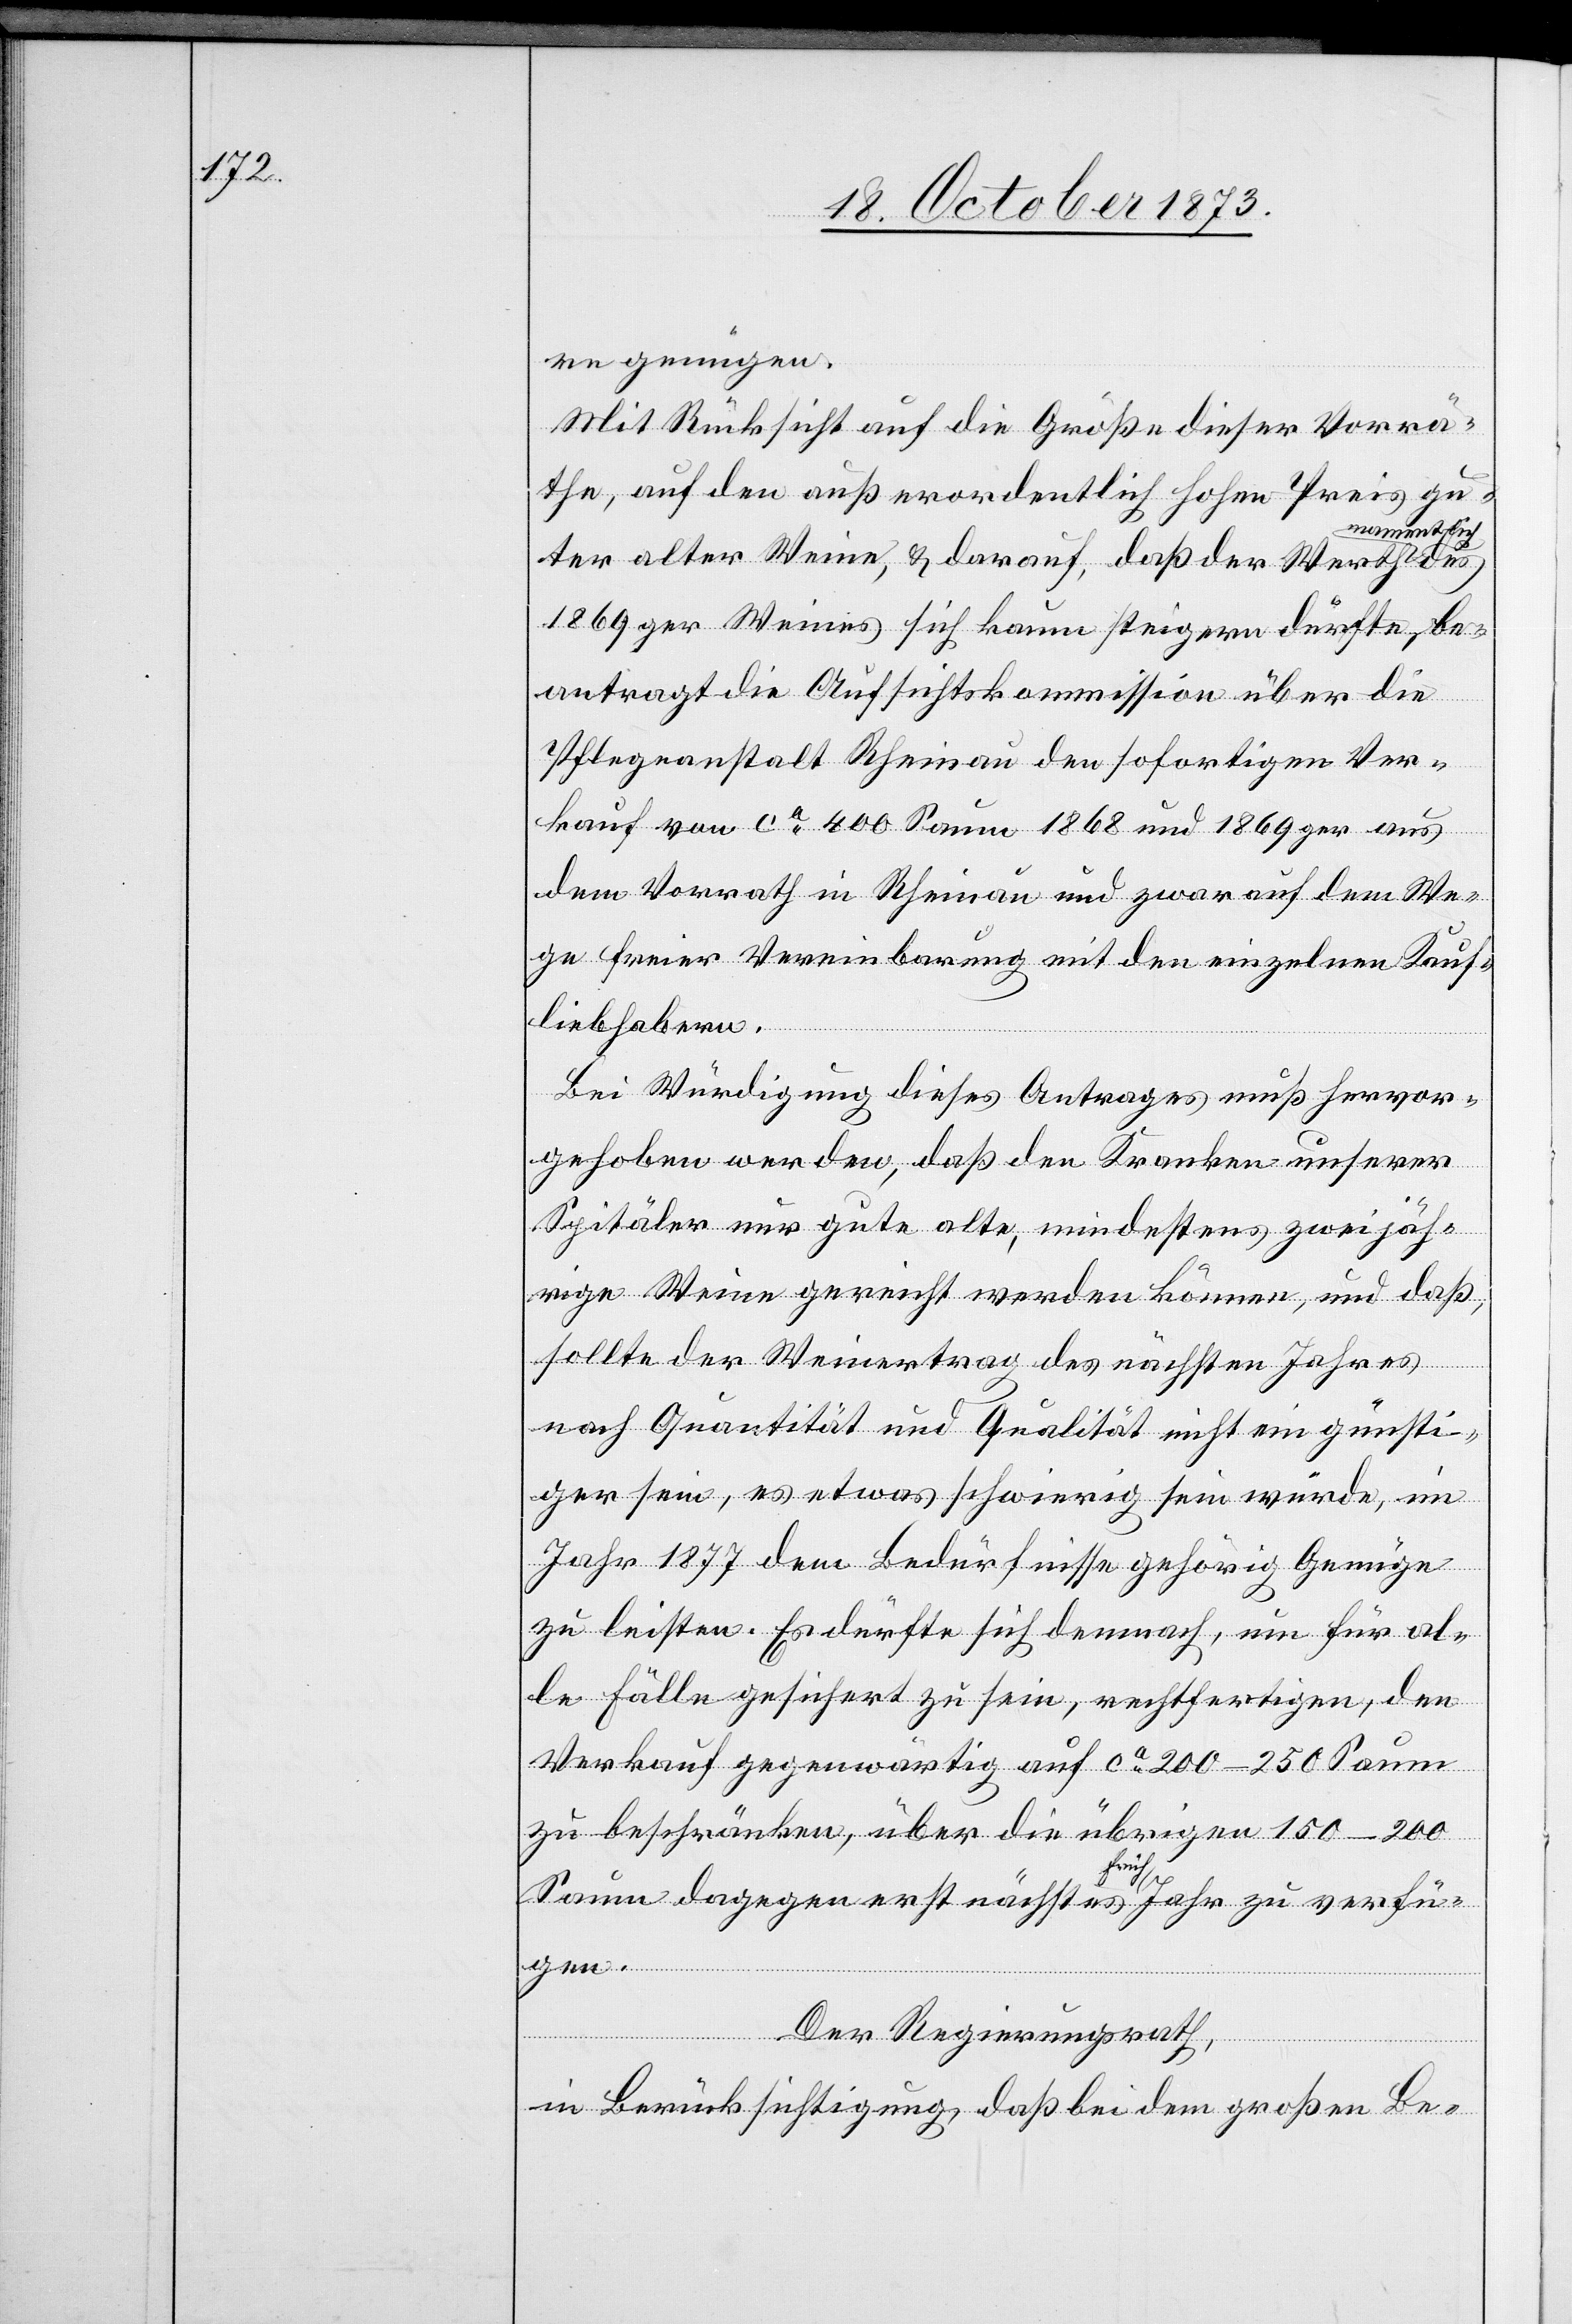
re genügen.
Mit Rücksicht auf die Größe dieser Vorrä¬
the, auf den außerordentlich hohen Preis gu¬
namentlich
ter alter Weine, & darauf, daß der Werth
1869ger Weines sich kaum steigern dürfte, be¬
antragt die Aufsichtskommission über die
Pflegeanstalt Rheinau den sofortigen Ver¬
kauf von ca 400 Saum 1868 und 1869ger aus
dem Vorrath in Rheinau und zwar auf dem We¬
ge freier Vereinbarung mit den einzelnen Kauf¬
liebhabern.
des
Bei Würdigung dieses Antrages muß hervor¬
gehoben werden, daß den Kranken unserer
Spitäler nur gute alte, mindestens zweijäh¬
rige Weine gereicht werden können, und daß,
sollte der Weinertrag des nächsten Jahres
nach Quantität und Qualität nicht ein günsti¬
ger sein, es etwas schwierig sein würde, im
Jahr 1877 dem Bedürfnisse gehörig Genüge
zu leisten. Es dürfte sich demnach, um für al¬
le Fälle gesichert zu sein, rechtfertigen, den
Verkauf gegenwärtig auf ca 200–250 Saum
zu beschränken, über die übrigen 150–200
Saum dagegen erst nächstes Frühjahr zu verfü¬
gen.
Der Regierungsrath,
in Berücksichtigung, daß bei dem großen Be-